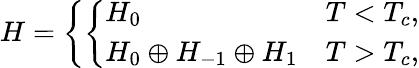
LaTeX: H=\left\{ \left\{ \begin{array}{ll}{{H_{0}}}&{{T<T_{c},}}\\ {{H_{0}\oplus H_{-1}\oplus H_{1}}}&{{T>T_{c},}}\end{array}\right.\right.